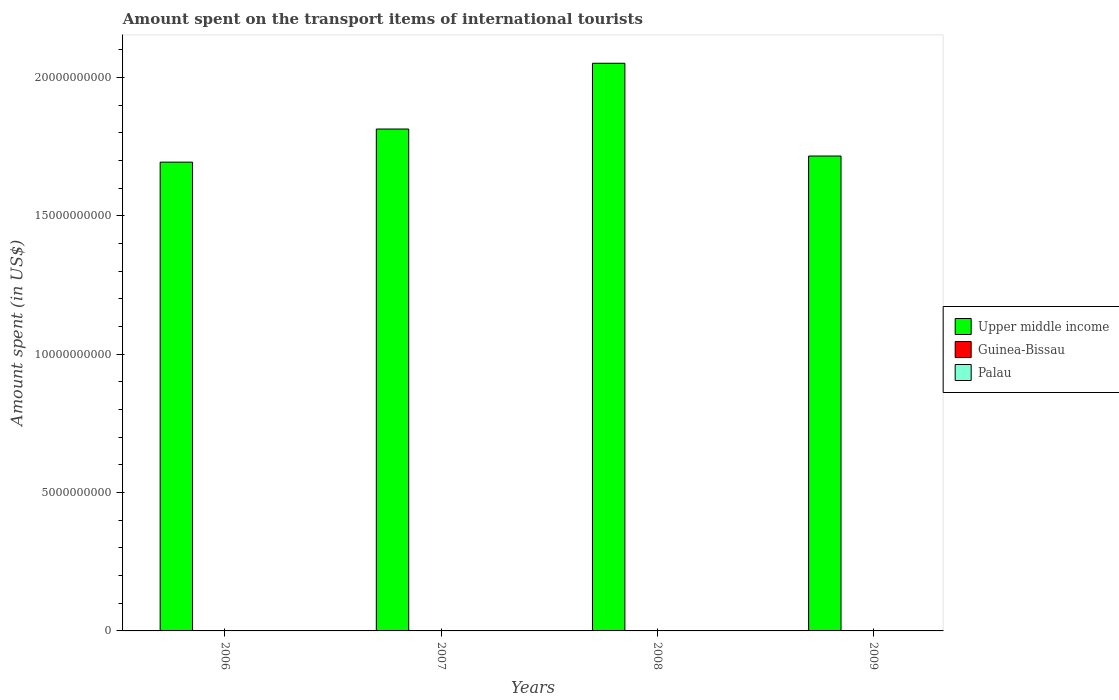
| Years | Upper middle income | Guinea-Bissau | Palau |
 | --- | --- | --- | --- |
 | 2006 | 1.69e+10 | 2.3e+06 | 9e+06 |
 | 2007 | 1.81e+10 | 5e+05 | 8.3e+06 |
 | 2008 | 2.05e+10 | 5e+05 | 1.06e+07 |
 | 2009 | 1.72e+10 | 3e+05 | 9.3e+06 |